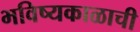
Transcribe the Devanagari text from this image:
भविष्यकाळाची